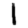
Digit: 1